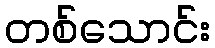
တစ်သောင်း